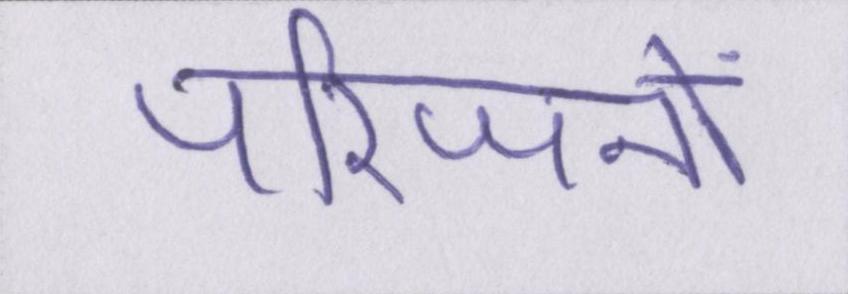
परिजनों